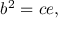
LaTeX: \displaystyle b ^ { 2 } = c e ,